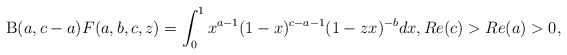
\begin{align*}\mathrm{B}(a,c-a)F(a,b,c,z)=\int^1_0 x^{a-1}(1-x)^{c-a-1}(1-zx)^{-b}dx,Re(c)>Re(a)>0,\end{align*}